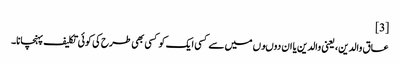
[3]
عاق والدین، یعنی والدین یا ان دوںوں میں سے کسی ایک کو کسی بھی طرح کی کوئی تکلیف پہنچانا۔